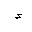
Letter: _hamza